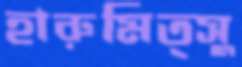
হারুমিত্সু